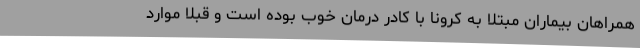
همراهان بیماران مبتلا به کرونا با کادر درمان خوب بوده است و قبلا موارد